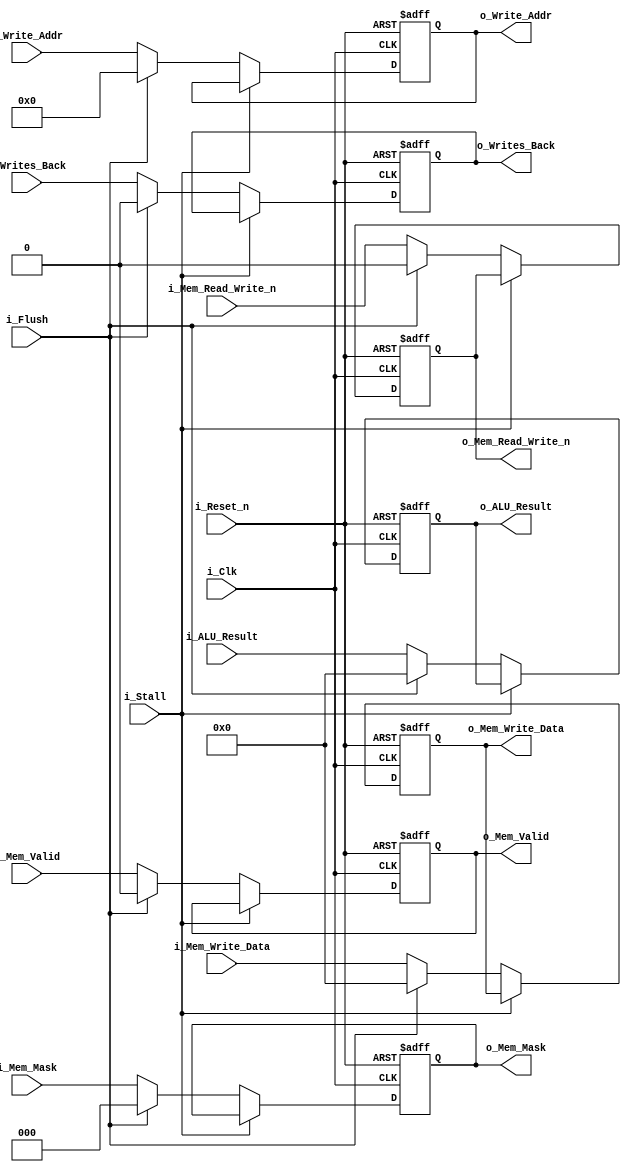
// Pipeline stage
module pipe_ex_mem	#(					
						parameter ADDRESS_WIDTH = 32,
						parameter DATA_WIDTH = 32,
						parameter REG_ADDR_WIDTH = 5,
						parameter ALU_CTLCODE_WIDTH = 8,
						parameter MEM_MASK_WIDTH = 3
					)							
					(	
						// Inputs
						input i_Clk,
						input i_Reset_n,	// Async reset (highest priority)
						input i_Flush,			// Flush (2nd highest priority)
						input i_Stall,		// Stall (lowest priority)
						
							// Pipe in/out
						input [DATA_WIDTH-1:0] i_ALU_Result,
						output reg [DATA_WIDTH-1:0] o_ALU_Result,
						input i_Mem_Valid,
						output reg o_Mem_Valid,
						input [MEM_MASK_WIDTH-1:0] i_Mem_Mask,
						output reg [MEM_MASK_WIDTH-1:0] o_Mem_Mask,
						input i_Mem_Read_Write_n,
						output reg o_Mem_Read_Write_n,
						input [DATA_WIDTH-1:0] i_Mem_Write_Data,
						output reg [DATA_WIDTH-1:0] o_Mem_Write_Data,
						input i_Writes_Back,
						output reg o_Writes_Back,
						input [REG_ADDR_WIDTH-1:0] i_Write_Addr,
						output reg [REG_ADDR_WIDTH-1:0] o_Write_Addr
					);
		
		// Asynchronous output driver
	always @(posedge i_Clk or negedge i_Reset_n)
	begin
		if( !i_Reset_n )
		begin
			// Initialize outputs to 0s
			o_ALU_Result <= 0;
			o_Mem_Valid <= 0;
			o_Mem_Read_Write_n <= 0;
			o_Mem_Write_Data <= 0;
			o_Writes_Back <= 0;
			o_Write_Addr <= 0;
			o_Mem_Mask <= 0;
		end
		else
		begin
			if( !i_Stall )
			begin
				if( i_Flush )
				begin
					// Pass through all 0s
					o_ALU_Result <= 0;
					o_Mem_Valid <= 0;
					o_Mem_Read_Write_n <= 0;
					o_Mem_Write_Data <= 0;
					o_Writes_Back <= 0;
					o_Write_Addr <= 0;
					o_Mem_Mask <= 0;
				end
				else
				begin
					// Pass through signals
					o_ALU_Result <= i_ALU_Result;
					o_Mem_Valid <= i_Mem_Valid;
					o_Mem_Mask <= i_Mem_Mask;
					o_Mem_Read_Write_n <= i_Mem_Read_Write_n;
					o_Mem_Write_Data <= i_Mem_Write_Data;
					o_Writes_Back <= i_Writes_Back;
					o_Write_Addr <= i_Write_Addr;
				end
			end
		end
	end
	
endmodule